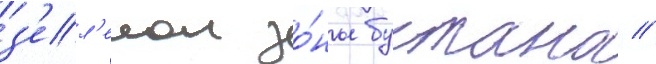
з'ел'енои зо́ны бустана //